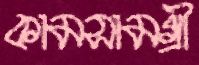
কামসামগ্রী